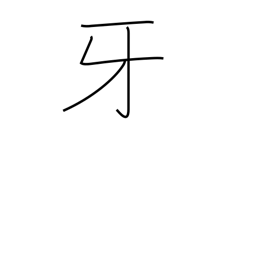
Meaning: fang